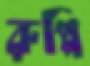
রুপ্পি